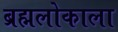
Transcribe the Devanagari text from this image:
ब्रह्मलोकाला